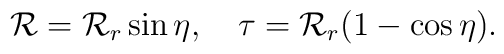
{\cal R}= {\cal R}_r \sin \eta, ~~~\tau= {\cal R}_r (1- \cos \eta).